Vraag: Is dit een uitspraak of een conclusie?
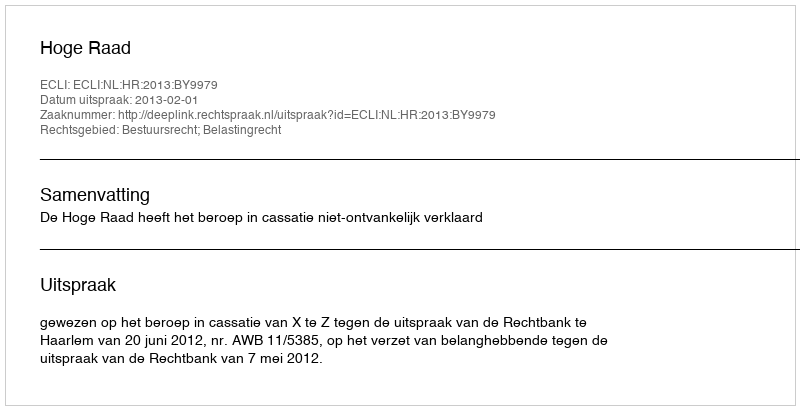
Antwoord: Uitspraak